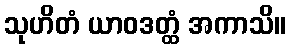
သုဟိတံ ယာဝဒတ္ထံ အကာသိ။